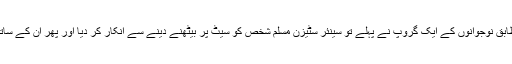
ملی معلومات کے مطابق نوجوانوں کے ایک گروپ نے پہلے تو سینئر سٹیزن مسلم شخص کو سیٹ پر بیٹھنے دینے سے انکار کر دیا اور پھر ان کے ساتھ بے حیائی بھی کی۔